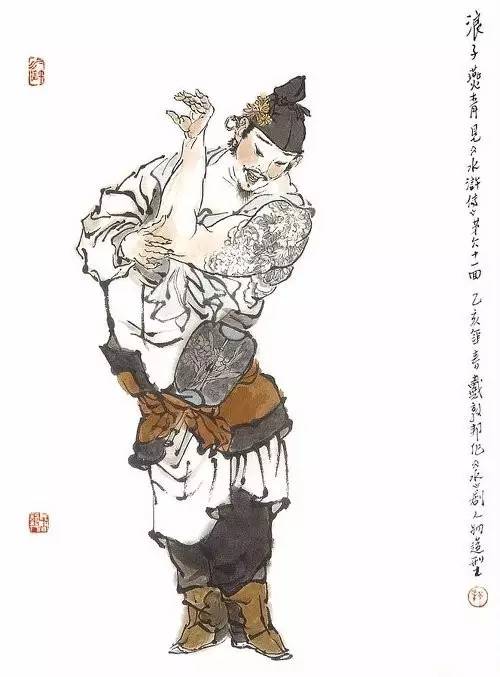
头上尽教添白发，鬓边不可无黄菊。